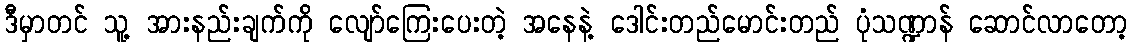
ဒီမှာတင် သူ့ အားနည်းချက်ကို လျော်ကြေးပေးတဲ့ အနေနဲ့ ဒေါင်းတည်မောင်းတည် ပုံသဏ္ဍာန် ဆောင်လာတော့